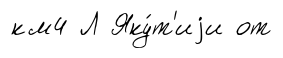
км4 Л Яку́т'иjи от